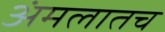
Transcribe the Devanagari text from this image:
अंमलातच